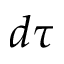
d \tau